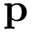
\mathbf { p }